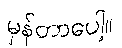
မှန်တာပေါ့။